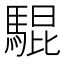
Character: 騉